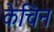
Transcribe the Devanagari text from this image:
केचिन